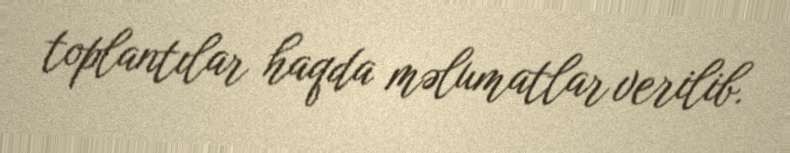
toplantılar haqda məlumatlar verilib.